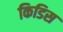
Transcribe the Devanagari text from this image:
किडिस